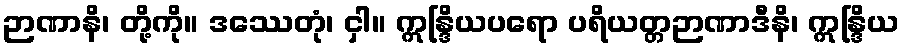
ဉာဏာနိ၊ တို့ကို။ ဒဿေတုံ၊ ငှါ။ ဣန္ဒြိယပရော ပရိယတ္တဉာဏာဒီနိ၊ ဣန္ဒြိယ